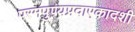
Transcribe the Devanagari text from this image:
परमपुण्यप्रदाएकादशी